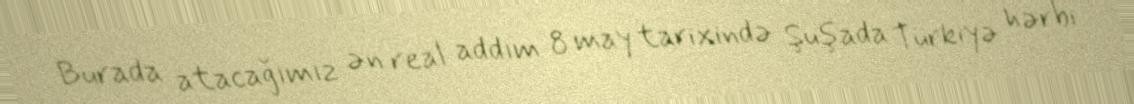
Burada atacağımız ən real addım 8 may tarixində Şuşada Türkiyə hərbi